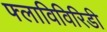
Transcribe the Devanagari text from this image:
फ्लाविविरिडी